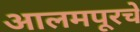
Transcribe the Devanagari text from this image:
आलमपूरचे